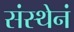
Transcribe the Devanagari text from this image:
संस्थेनं